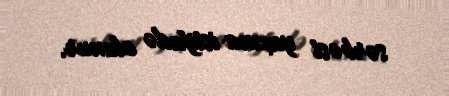
sərbəst yaxma istifadə olunur.